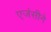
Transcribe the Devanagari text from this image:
एजंसीने